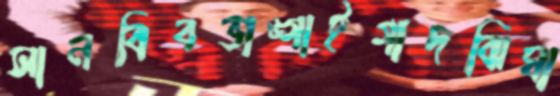
সানবিবভাঙ্গাইগাদঝিঘা